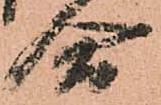
合